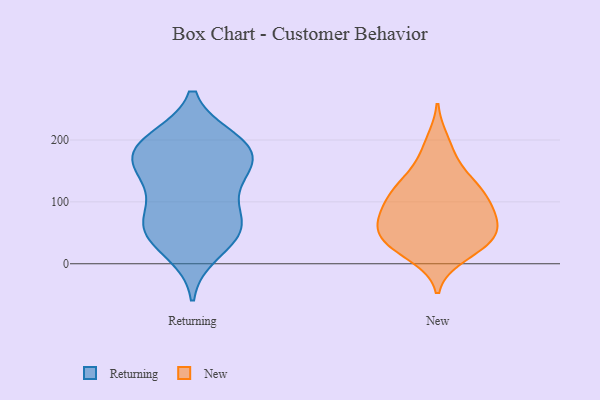
{"axis": {"x": "Revenue (USD Million)", "y": "Value"}, "legend": ["New", "Returning"], "data": [{"x": "", "y": 62, "type": "Returning"}, {"x": "", "y": 200, "type": "Returning"}, {"x": "", "y": 184, "type": "Returning"}, {"x": "", "y": 163, "type": "Returning"}, {"x": "", "y": 19, "type": "Returning"}, {"x": "", "y": 199, "type": "Returning"}, {"x": "", "y": 188, "type": "Returning"}, {"x": "", "y": 52, "type": "Returning"}, {"x": "", "y": 138, "type": "Returning"}, {"x": "", "y": 151, "type": "Returning"}, {"x": "", "y": 46, "type": "Returning"}, {"x": "", "y": 116, "type": "Returning"}, {"x": "", "y": 175, "type": "Returning"}, {"x": "", "y": 75, "type": "Returning"}, {"x": "", "y": 63, "type": "Returning"}, {"x": "", "y": 198, "type": "New"}, {"x": "", "y": 138, "type": "New"}, {"x": "", "y": 129, "type": "New"}, {"x": "", "y": 115, "type": "New"}, {"x": "", "y": 26, "type": "New"}, {"x": "", "y": 69, "type": "New"}, {"x": "", "y": 30, "type": "New"}, {"x": "", "y": 40, "type": "New"}, {"x": "", "y": 173, "type": "New"}, {"x": "", "y": 120, "type": "New"}, {"x": "", "y": 87, "type": "New"}, {"x": "", "y": 91, "type": "New"}, {"x": "", "y": 49, "type": "New"}, {"x": "", "y": 108, "type": "New"}, {"x": "", "y": 59, "type": "New"}, {"x": "", "y": 61, "type": "New"}, {"x": "", "y": 13, "type": "New"}, {"x": "", "y": 77, "type": "New"}, {"x": "", "y": 33, "type": "New"}]}